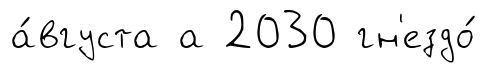
а́вгуста а 2030 гн'ездо́